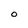
Character: 0